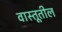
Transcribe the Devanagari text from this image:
वास्तूतील